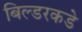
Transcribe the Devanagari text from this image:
बिल्डरकडे